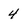
Character: 4